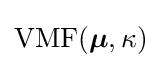
{\text{VMF}}({\boldsymbol {\mu }},\kappa )